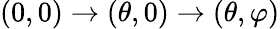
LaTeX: (0,0)\rightarrow(\theta,0)\rightarrow(\theta,\varphi)